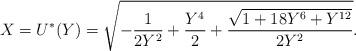
LaTeX: \begin{align*}X=U^{*}(Y)=\sqrt{-\frac{1}{2 Y^2}+\frac{Y^4}{2}+\frac{\sqrt{1+18 Y^6+Y^{12}}}{2 Y^2}} .\end{align*}